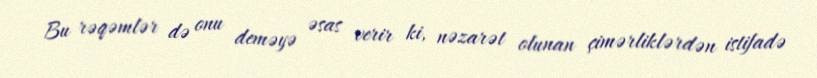
Bu rəqəmlər də onu deməyə əsas verir ki, nəzarət olunan çimərliklərdən istifadə